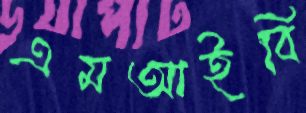
এমআইবি